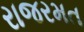
રાજરમત